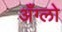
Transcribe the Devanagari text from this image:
अँग्लो